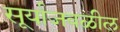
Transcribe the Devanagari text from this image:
सूर्याजवळील